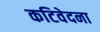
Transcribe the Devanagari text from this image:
कटिवेदना